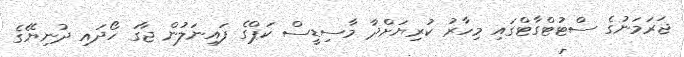
ޖަރަމަނުގެ ސްޓުޓްގާޓްގައި މިހާރު ކުރިޔަށްދާ މާސިޑީސް ކަޕްގެ ފައިނަލުން ޖާގަ ހޯދައި ދުނިޔޭގެ